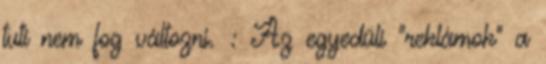
tuti nem fog változni. : Az egyedüli "reklámok" a